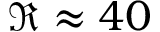
\Re \approx 4 0